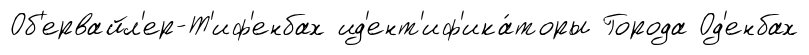
Об'ервайл'ер-Т'иф'енбах ид'ент'иф'ика́торы Города Од'енбах